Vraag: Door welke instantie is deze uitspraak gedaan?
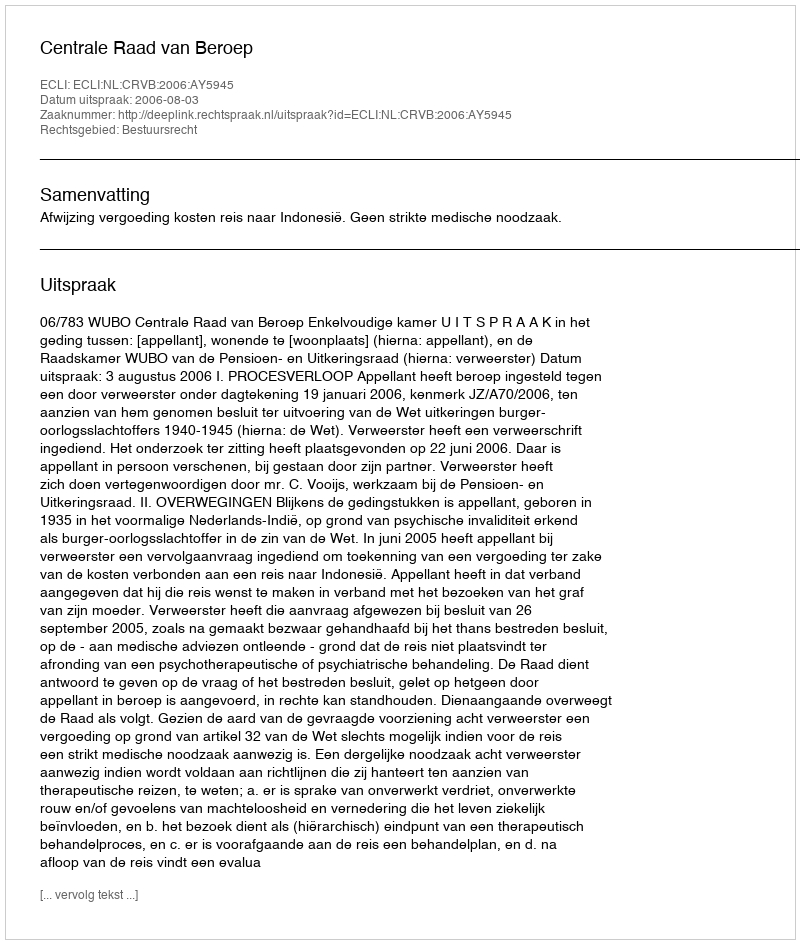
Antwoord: Centrale Raad van Beroep